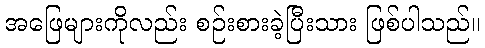
အဖြေများကိုလည်း စဉ်းစားခဲ့ပြီးသား ဖြစ်ပါသည်။